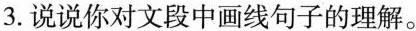
3.说说你对文段中画线句子的理解。